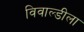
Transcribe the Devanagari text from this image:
विवाल्डीला